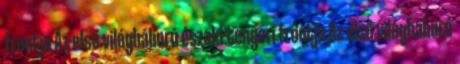
frontja Az első világháború északi-tengeri frontja Az első világháború